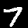
Label: 7